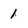
Character: 1